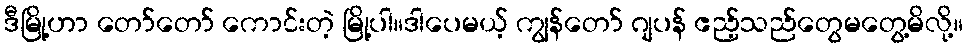
ဒီမြို့ဟာ တော်တော် ကောင်းတဲ့ မြို့ပါ။ဒါပေမယ့် ကျွန်တော် ဂျပန် ဧည့်သည်တွေမတွေ့မိလို့။